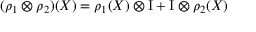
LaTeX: ( \rho _ { 1 } \otimes \rho _ { 2 } ) ( X ) = \rho _ { 1 } ( X ) \otimes \mathrm { I } + \mathrm { I } \otimes \rho _ { 2 } ( X )